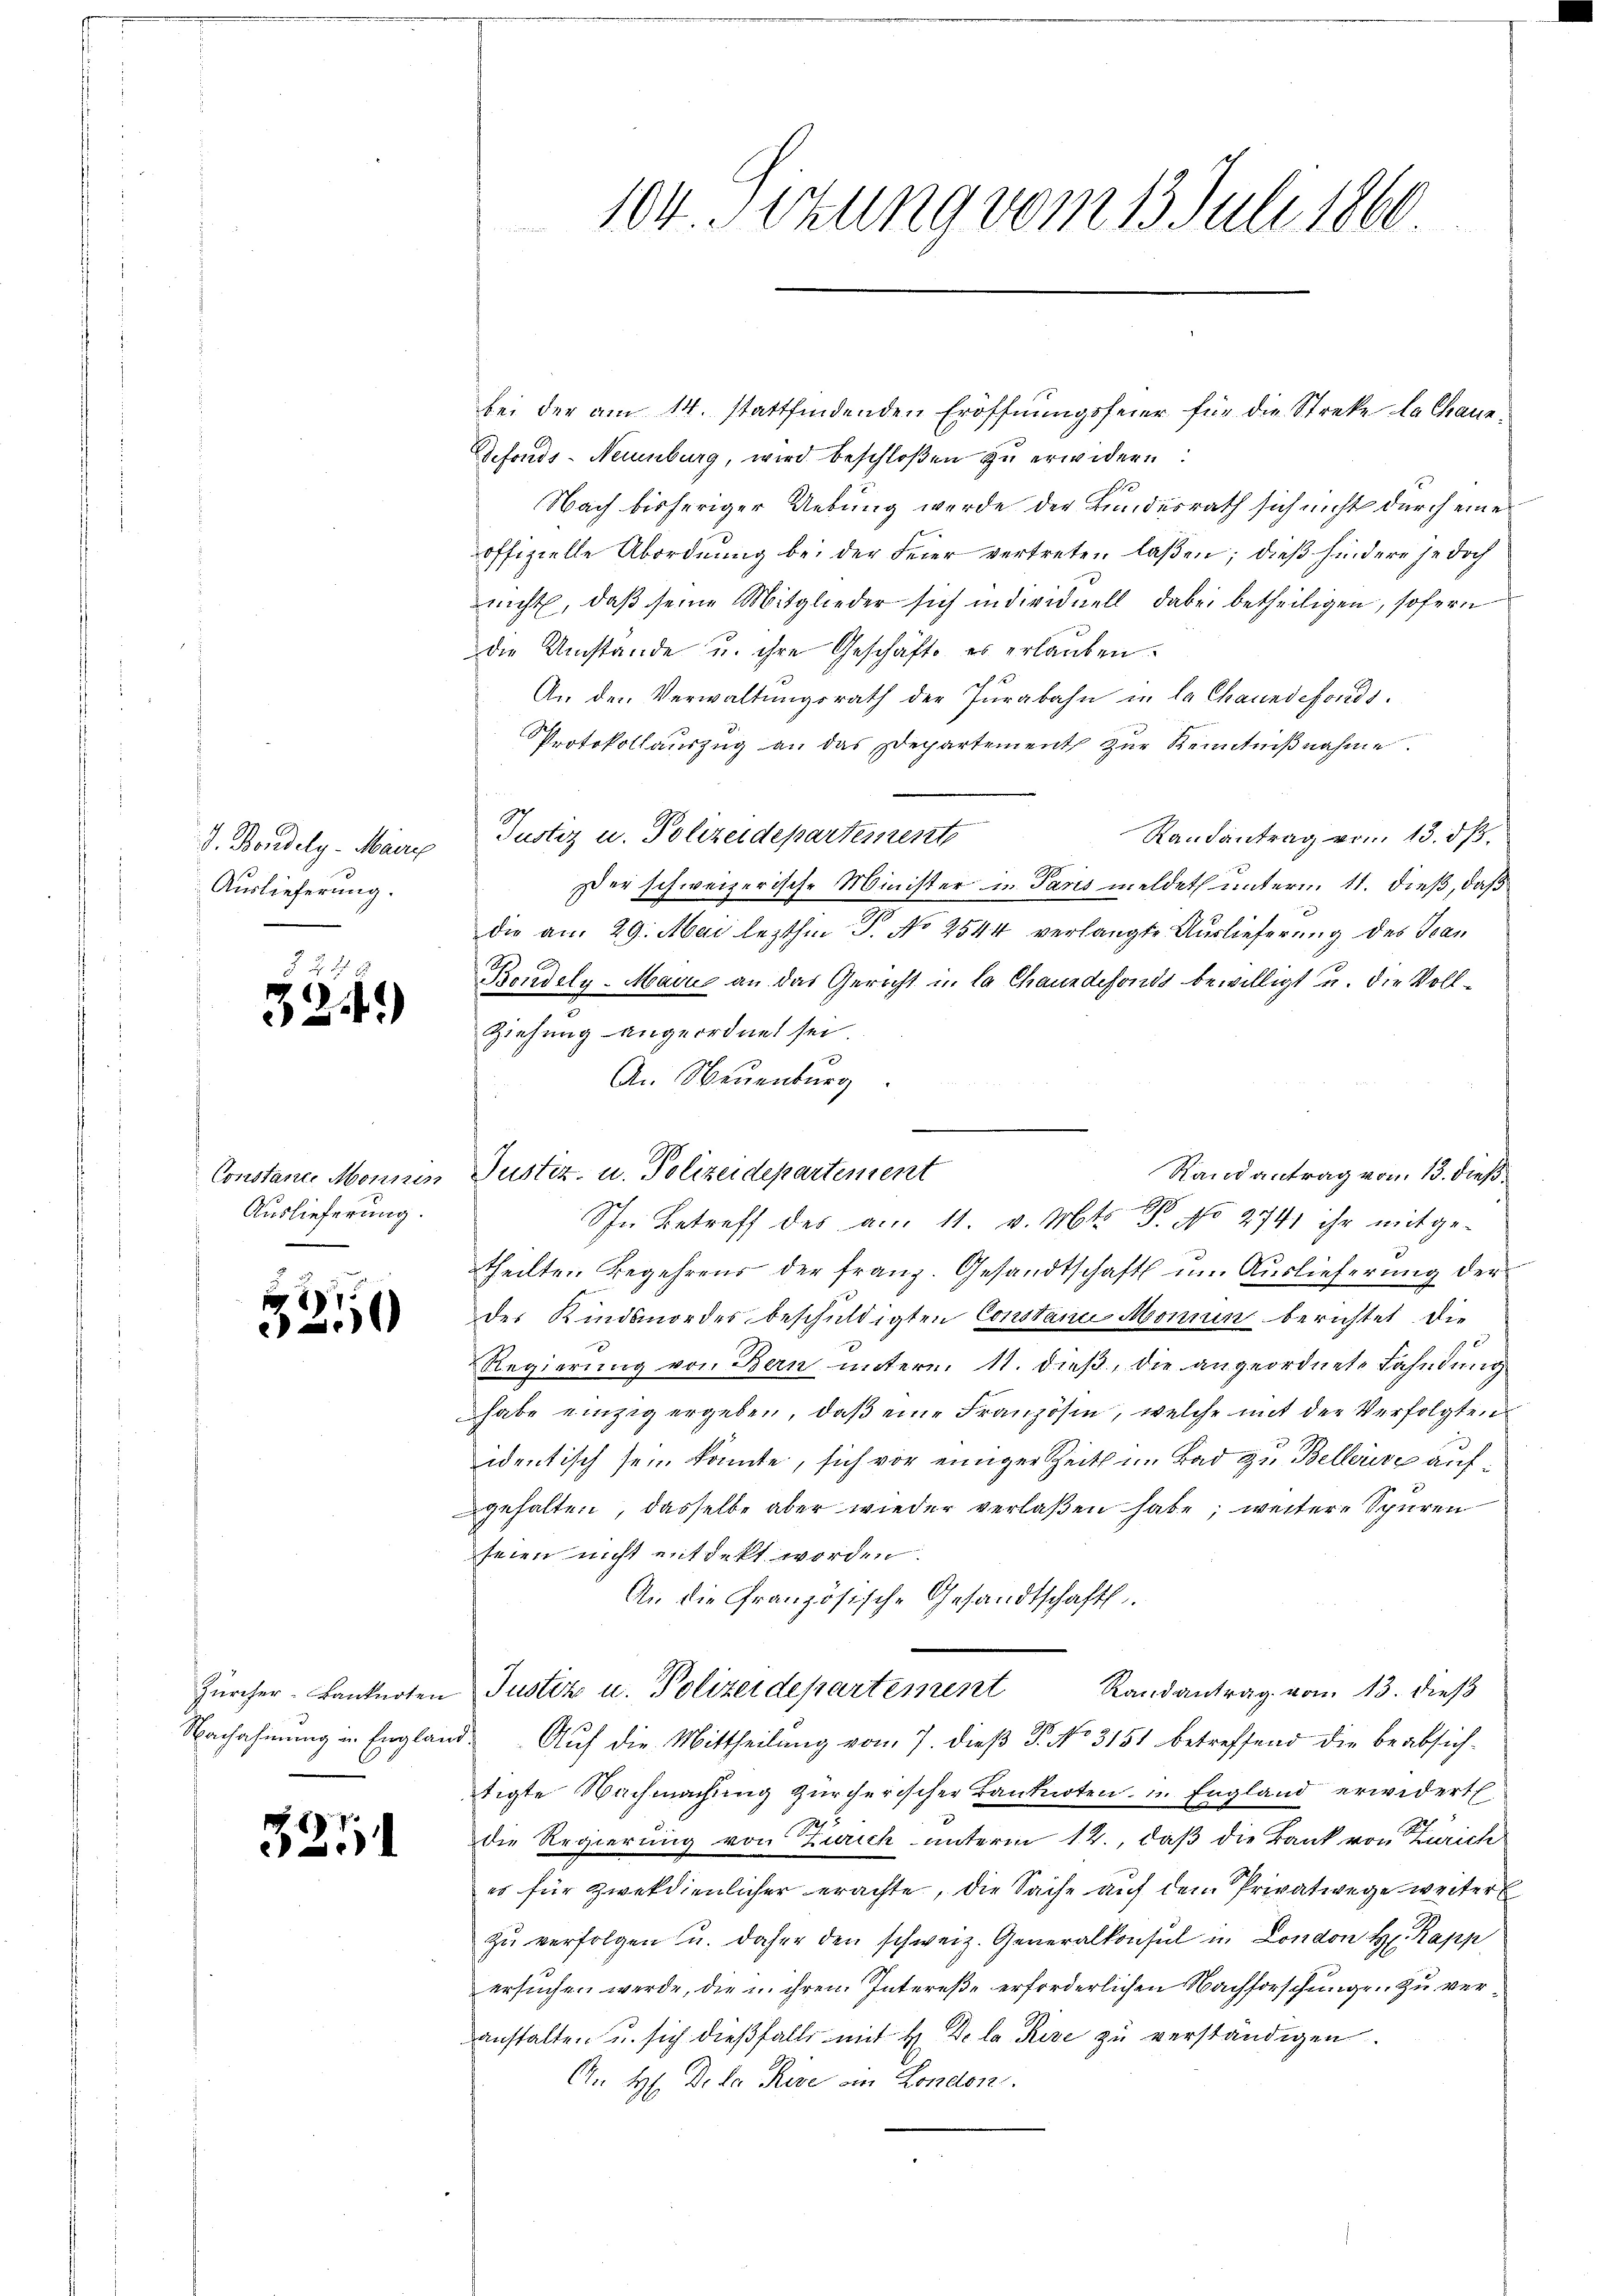
Auslieferung.

Auslieferung.

5249)

d
.

3251

104. Sekung vom 13. Juli 1860.

bei der am 14. stattfindenden Eröffnungsfeier für die Streke la chaue¬
Defonds-Neuenburg, wird beschloßen zu erwidern:
E
Nach bisheriger Uebung werde der Bundesrath sich nicht durch eine
offizielle Abordnung bei der Feier vertreten laßen; dieß hindere jedoch
nicht, daß seine Mitglieder sich individuell dabei betheiligen, sofern
die Umstände u. ihre Geschäfte es erlauben.
An den Verwaltungsrath der Jurabahn in la channdefonds.
Protokollauszug an das Departement zur Kenntnißnahme.
Randantrag vom 13. dß.
J. Bondely. Maire Justiz u. Polizeidepartessente
er schweizerische Minister in Paris meldet unterm 11. dieß, daß
die am 29. Mai lezthin P. No 2544 verlangte Auslieferung des San
Bondoly-Macus an das Gericht in la Chauxdefonds bewilligt u. die Voll¬
Ziehung angeordnet sei.
An Neuenburg
Randantrag vom 13. dieß
Constance Monsin Justiz- u. Polizeidepartement
Ihn Betreff des am 11. v. Mts. B. No 2741 ihr mitge-
theilten Begehrens der Franz. Gesandtschaft um Auslieferung der
des Kindsmordes beschuldigten Constanie Monnen berichtet die
Regierung von Bern untern. 11. dieß, die angeordnete Fahndung
habe einzig ergeben, daß eine Französin, welche mit der Verfolgten
identisch sein könnte, sich vor einiger Zeits im Bad zu Belleise aufgehalten, dasselbe aber wieder verlaßen habe; weitere Spuren
seien nicht entdekt worden.
An die Granzösische Gesandtschaftl
Zürcher-Banknoten Justiz u. Polizeidepartement Randantrag vom 13. dieβ
Nachahmung in England Auf die Mittheilung vom 7. dieβ P. No 3151 betreffend die beabsichtigte Nachmachŭng zürcherischer Banknoten u. England erwidert
2
die Regierung von Zürich unterm 12., daß die Bank von Zürich
es für zwekdienlicher erachte, die Sache auf dem Privatwege weiter
zŭ verfolgen u. daher den schweiz. Generalkonsul in London Hr. Rapp
ersuchen werde, die in ihren Intereße erforderlichen Nachforschungen zu veranstalten u. sich dießfalls mit H. De la Rise zu verständigen.
An H. De la Reze von London.

.